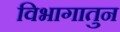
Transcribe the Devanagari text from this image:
विभागातुन